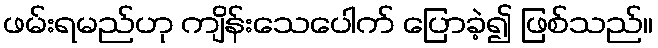
ဖမ်းရမည်ဟု ကျိန်းသေပေါက် ပြောခဲ့၍ ဖြစ်သည်။